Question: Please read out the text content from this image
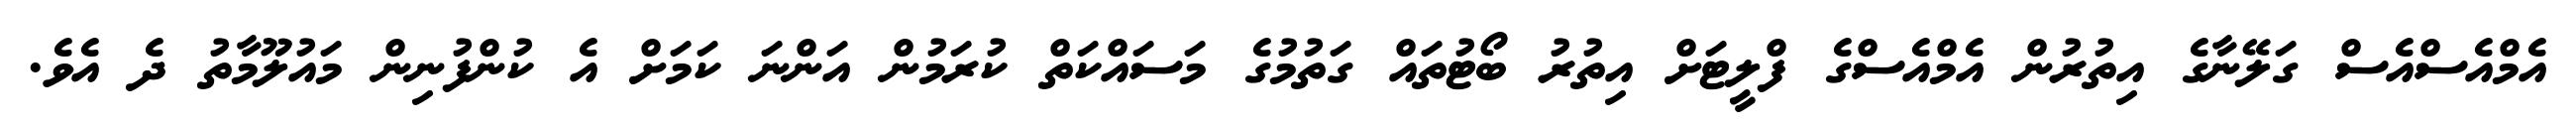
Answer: އެމްއެސްއެސް ގަލޭނާގެ އިތުރުން އެމްއެސްގެ ފްލީޓަށް އިތުރު ބޯޓުތައް ގަތުމުގެ މަސައްކަތް ކުރަމުން އަންނަ ކަމަށް އެ ކުންފުނިން މައުލޫމާތު ދެ އެވެ.